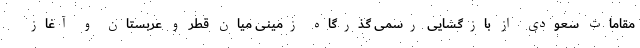
مقامات سعودی از بازگشایی رسمی گذرگاه زمینی میان قطر و عربستان و آغاز